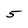
Character: 5